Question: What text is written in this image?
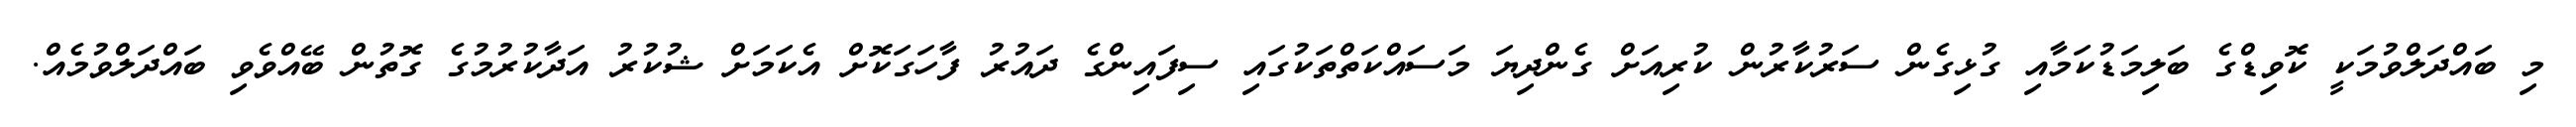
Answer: މި ބައްދަލްވުމަކީ ކޮވިޑްގެ ބަލިމަޑުކަމާއި ގުޅިގެން ސަރުކާރުން ކުރިއަށް ގެންދިޔަ މަސައްކަތްތަކުގައި ސިފައިންގެ ދައުރު ފާހަގަކޮށް އެކަމަށް ޝުކުރު އަދާކުރުމުގެ ގޮތުން ބޭއްވެވި ބައްދަލްވުމެއް.